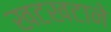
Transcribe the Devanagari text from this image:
खटखटाने